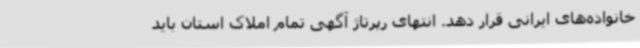
خانواده‌های ایرانی قرار دهد. انتهای رپرتاژ آگهی تمام املاک استان باید